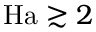
\mathrm { H a } \gtrsim 2